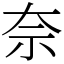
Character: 奈